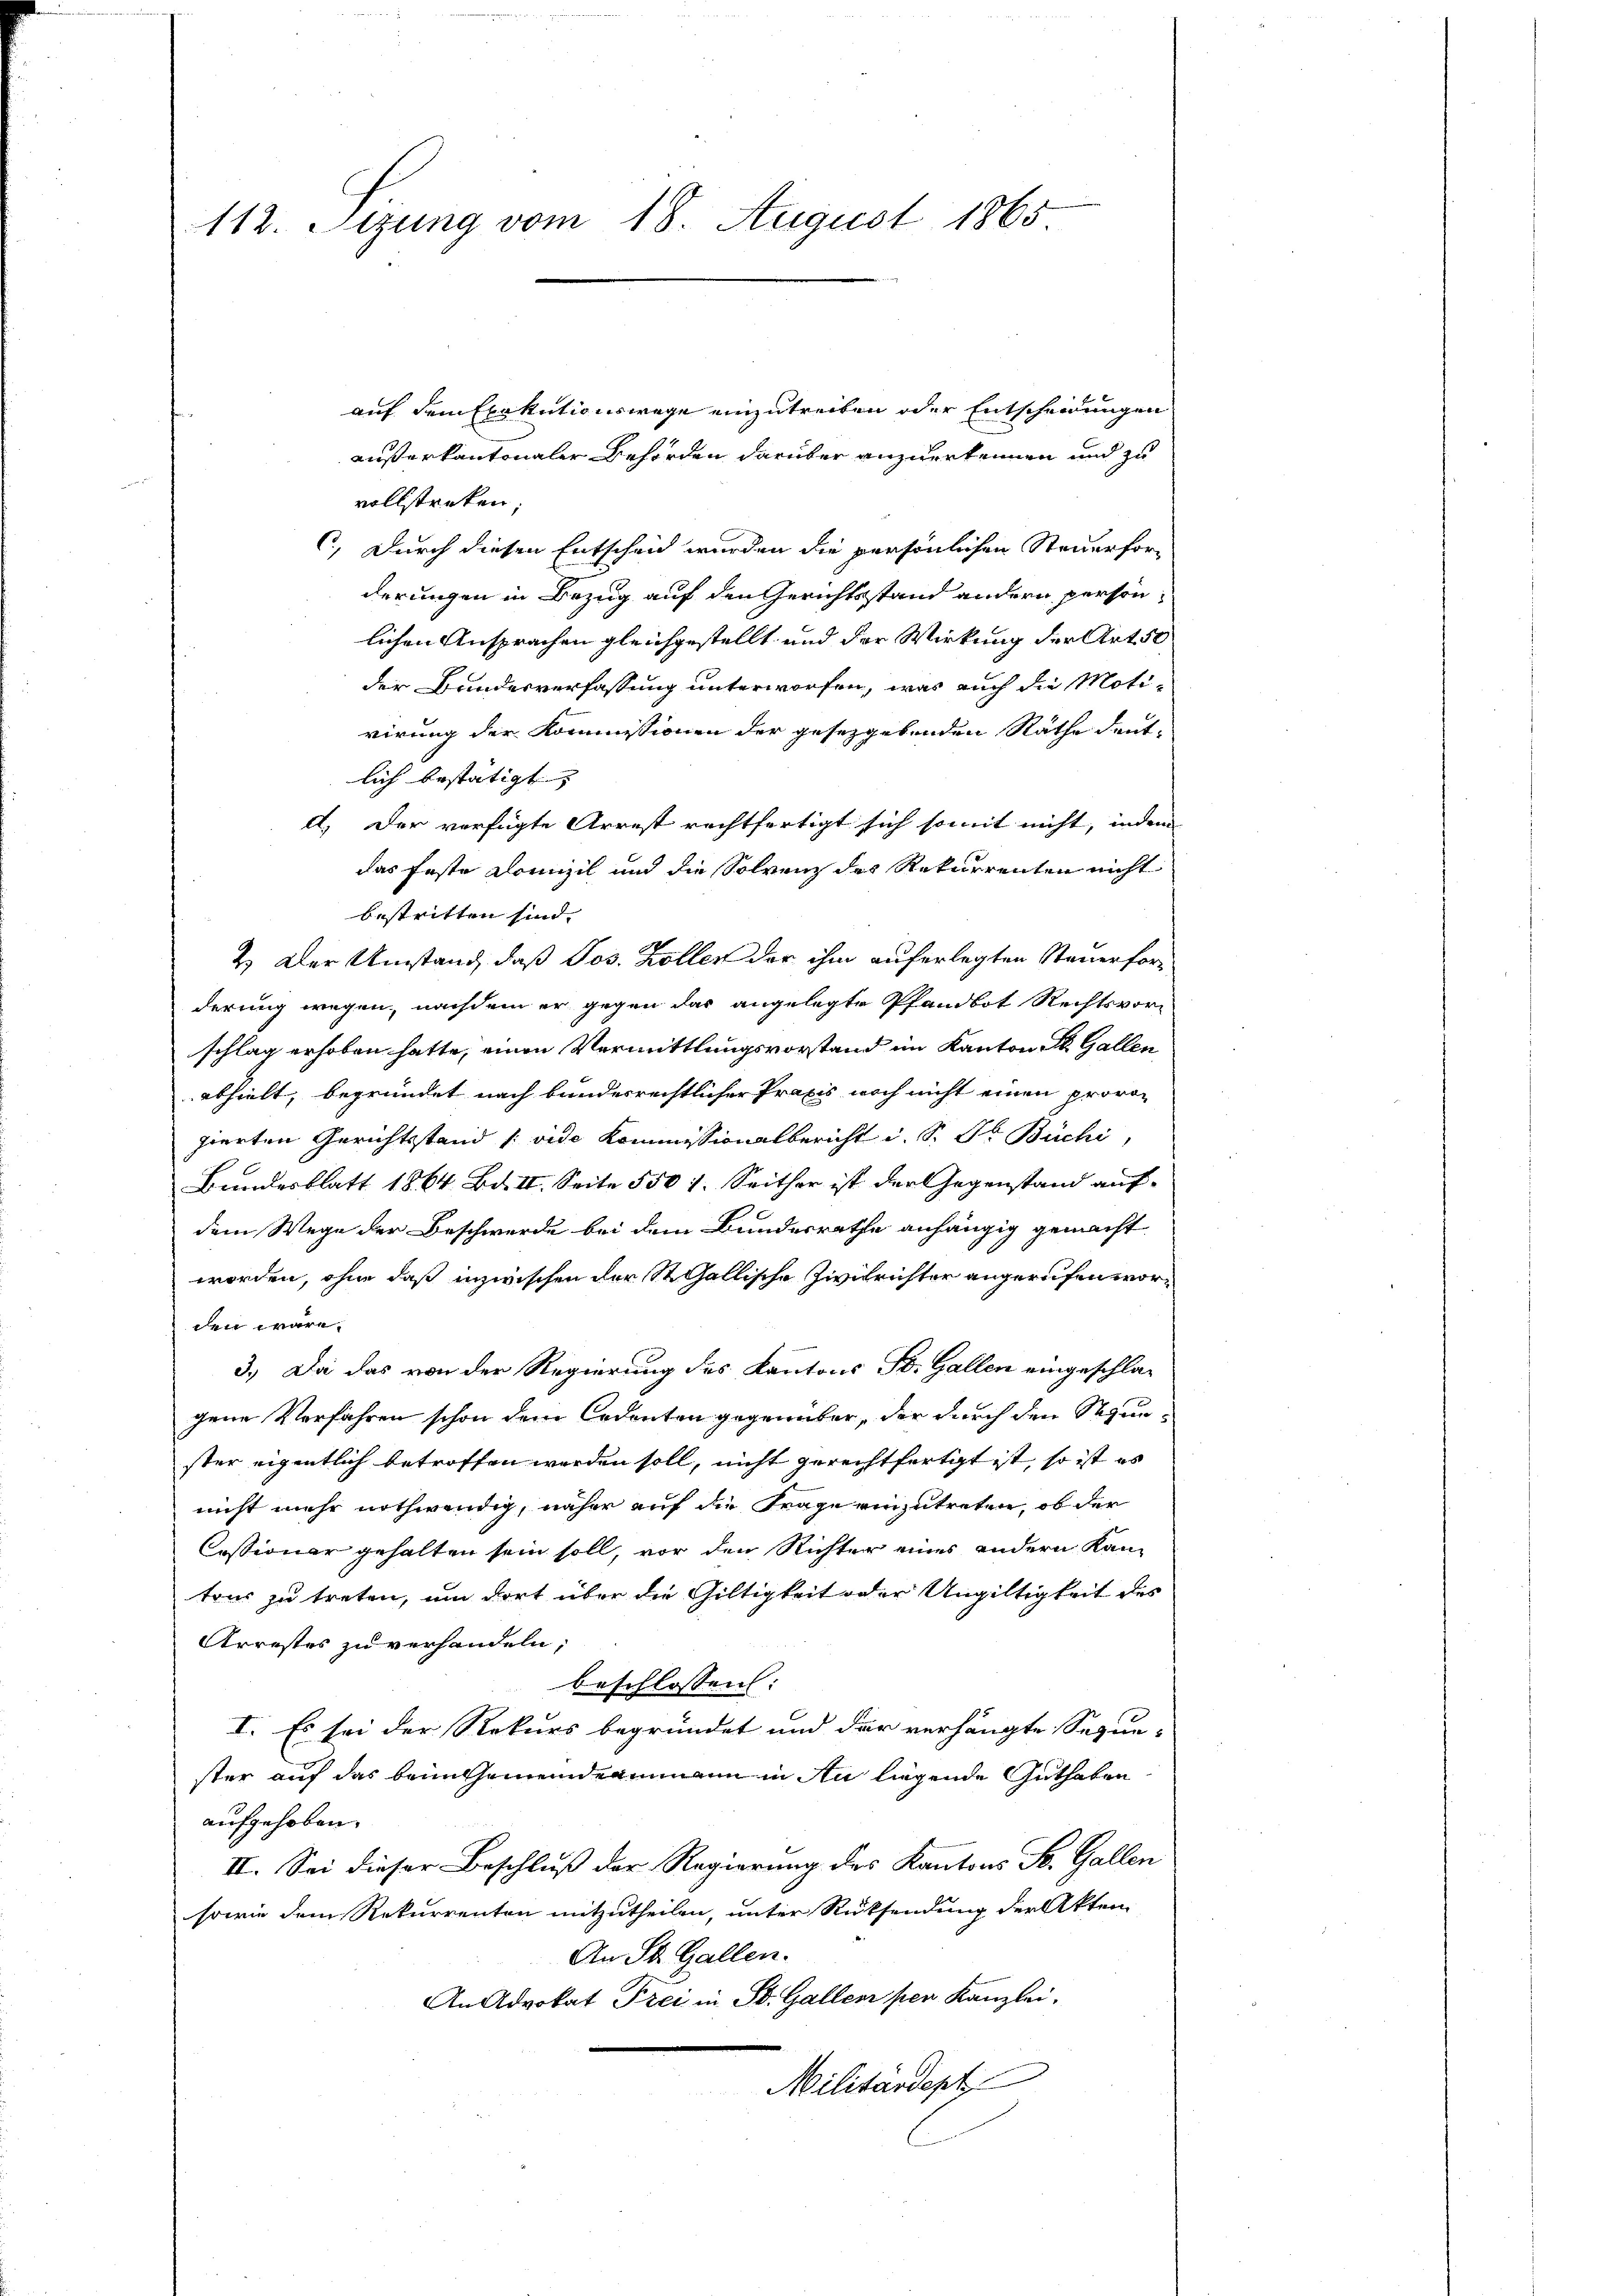
112. Sizung vom 18. August 1865

auf dem Exekutionswege einzutreiten oder Entscheidungen
außerkantonaler Behörden darüber anzuerkennen und zu
vollstreken
C) Durch diesen Entscheid wurden die persönlichen Steuerforderungen in Bezug auf den Gerichtsstand andern person
lichen Ansprachen gleichgestellt und der Wirkung der Art. 50
der Bundesverfassung unterworfen, was auch die Motivirung der Kommissionen der gesetzgebenden Räthe deut-
lich bestätigt
d.) Der verfügte Arrest rechtfertigt sich somit nicht, indem |
das feste Domizil und die Solvenz des Rekurrenten nicht
bestritten sind. |
2.) Der Umstand, daß Jos. Koller der ihm auferlegten Steuerforderung wegen, nachdem er gegen das angelegte Pfandbot Rechtsvorschlag erhoben hatte, einen Vermittlungsvorstand im Kanton St. Gallen
abhielt, begründet nach bundesrechtlicher Praxis noch nicht einen provon
zierten Gerichtsstand /: vide Kommissionalbericht u. S. Dr. Büchi,
Bundesblatt 1864 Bd. II. Seite 550 1. Seither ist der Gegenstand aufdem Wege der Beschwerde bei dem Bundesrathe anhängig gemacht
worden, ohne daß inzwischen der St. Gallische Zivilrichter angerufen worden wäre.
3.) Da das von der Regierung des Kantons St. Gallen eingeschlagene Verfahren schon dem Cedenten gegenüber, der durch den Stunster eigentlich betroffen werden soll, nicht gerechtfertigt ist, so ist es
nicht mehr nothwendig, näher auf die Frage einzutreten, ob der
Cessionar gehalten sein soll, vor den Richter eines andern Kam
tour zu treten, um dort über die Gültigkeit oder Ungültigkeit des
Arrestes zu verhandeln;
beschlossen:
I. Es sei der Rekurs begründet und der verhängte Sepun-
ster auf das beim Gemeindeammann in Au liegende Guthaben
aufgehoben.
II. Sei dieser Beschluß der Regierung des Kantons St. Gallen
sowie dem Rekurrenten mitzutheilen, unter Rücksendung der Akten
An St. Gallen.
An Advokat Frei in St. Gallen per Kanzlei.
Militardept